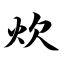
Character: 炊